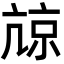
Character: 𡮎